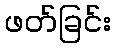
ဖတ်ခြင်း